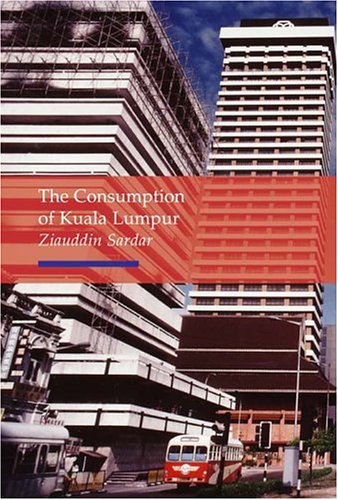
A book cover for Consumption of Kuala Lumpur (Reaktion Books - Topographics); Ziauddin Sardar; Travel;